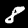
Digit: 8